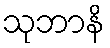
သုဘာနိ